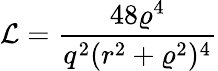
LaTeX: {\cal L}=\frac{48\varrho^{4}}{q^{2}(r^{2}+\varrho^{2})^{4}}